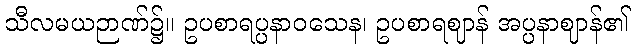
သီလမယဉာဏ်၌။ ဥပစာရပ္ပနာဝသေန၊ ဥပစာရဈာန် အပ္ပနာဈာန်၏